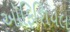
ઑફિશિયલ